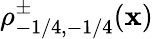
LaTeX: \rho_{-1/4,-1/4}^{\pm}(\mathbf{x})